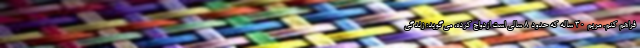
فراهم کنم. مریم ۳۰ ساله که حدود ۸ سالی است ازدواج کرده، می‌گوید: زندگی